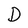
Character: D